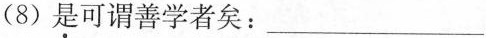
(8) 是可谓善学者矣:___